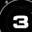
Digit: 3